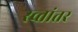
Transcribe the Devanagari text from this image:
स्व्तांतर